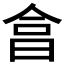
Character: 𣌭